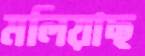
মলিয়াছ